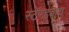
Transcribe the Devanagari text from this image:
स्टॅण्डबाय